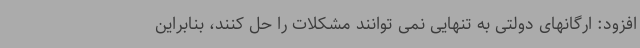
افزود: ارگانهای دولتی به تنهایی نمی توانند مشکلات را حل کنند، بنابراین